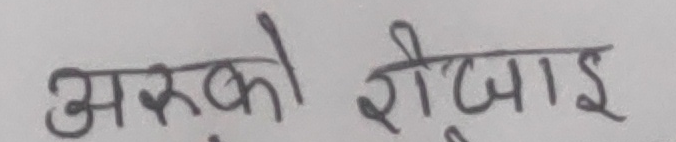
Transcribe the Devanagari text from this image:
अरुको रोजाइ